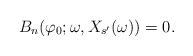
\begin{align*}B_{n} (\varphi _0 ;\omega , X_{s^{\prime }}(\omega))=0 .\end{align*}